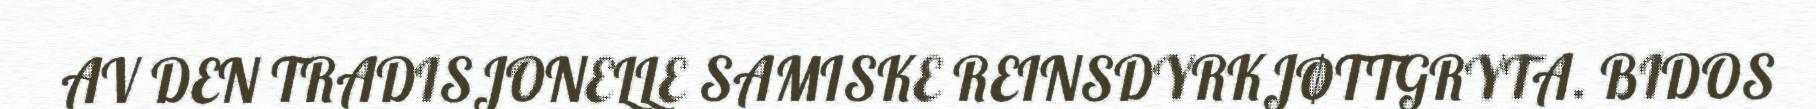
AV DEN TRADISJONELLE SAMISKE REINSDYRKJØTTGRYTA. BIDOS